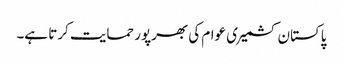
پاکستان کشمیری عوام کی بھرپور حمایت کرتا ہے۔